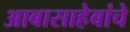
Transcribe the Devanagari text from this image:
आबासाहेबांचे